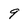
Character: 9